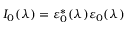
I _ { 0 } ( \lambda ) = \varepsilon _ { 0 } ^ { * } ( \lambda ) \varepsilon _ { 0 } ( \lambda )